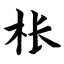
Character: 枨